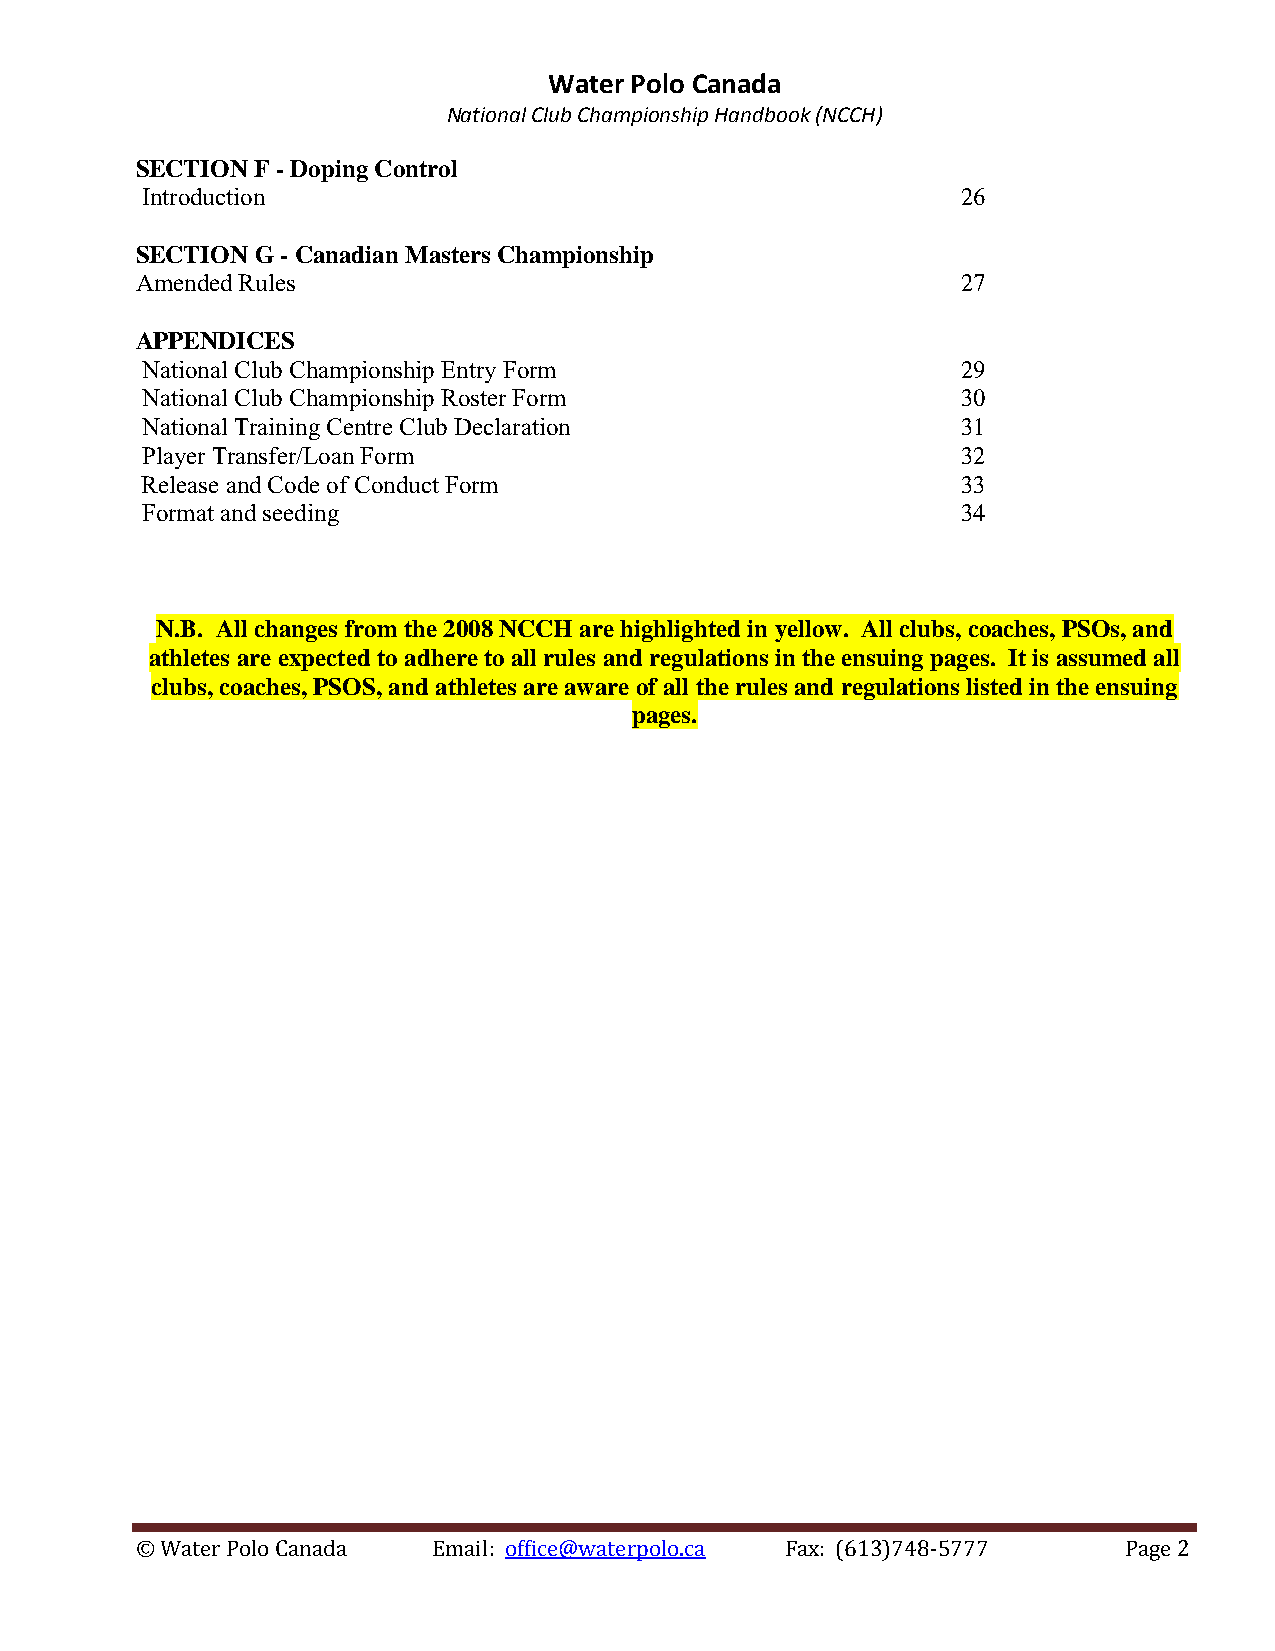
Water Polo Canada
 National Club Championship Handbook (NCCH)
 SECTION F - Doping Control
 Introduction                                           26
 SECTION G - Canadian Masters Championship
 Amended Rules                                          27
 APPENDICES
 National Club Championship Entry Form                  29
 National Club Championship Roster Form                 30
 National Training Centre Club Declaration              31
 Player Transfer/Loan Form                              32
 Release and Code of Conduct Form                       33
 Format and seeding                                     34
 N.B. All changes from the 2008 NCCH are highlighted in yellow. All clubs, coaches, PSOs, and
 athletes are expected to adhere to all rules and regulations in the ensuing pages. It is assumed all
 clubs, coaches, PSOS, and athletes are aware of all the rules and regulations listed in the ensuing
 pages.
 © Water Polo Canada Email: office@waterpolo.ca Fax: (613)748-5777 Page 2